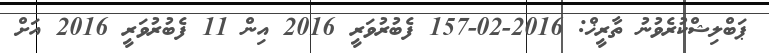
ޕަބްލިޝްކުރެވުނު ތާރީޚް: 2016-02-157 ފެބުރުވަރީ 2016 އިން 11 ފެބުރުވަރީ 2016 އަށް